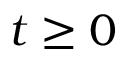
t \geq 0